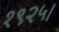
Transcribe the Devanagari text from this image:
१९२५।